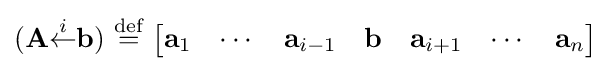
(\mathbf {A} {\stackrel {i}{\leftarrow }}\mathbf {b} )\ {\stackrel {\text{def}}{=}}\ {\begin{bmatrix}\mathbf {a} _{1}&\cdots &\mathbf {a} _{i-1}&\mathbf {b} &\mathbf {a} _{i+1}&\cdots &\mathbf {a} _{n}\end{bmatrix}}